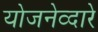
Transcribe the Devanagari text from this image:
योजनेव्दारे